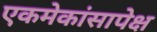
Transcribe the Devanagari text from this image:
एकमेकांसापेक्ष